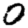
Digit: 0